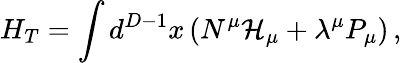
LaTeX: H_{T}=\int d^{D-1}x\left(N^{\mu}\mathcal{H}_{\mu}+\lambda^{\mu}P_{\mu}\right)\, ,